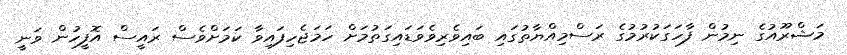
މަޝްރޫއުގެ ނިމުން ފާހަގަކުރުމުގެ ރަސްމިއްޔާތުގައި ބައިވެރިވެވަޑައިގަތުމަށް ހަމަޖެހިފައިވާ ކަމަށްވެސް ރައީސް އޮފީހުން ވަނީ